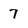
Character: 7